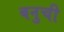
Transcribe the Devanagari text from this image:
बनुची